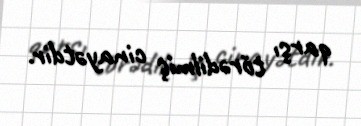
qarşı törədilmiş cinayətdir.